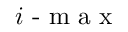
i \textrm { - m a x }